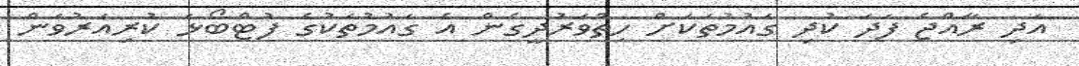
އަދި ރާއްޖެ ފަދަ ކުދި ގައުމުތަކަށް ހިތްވަރުދީގެން އެ ގައުމުތަކުގެ ފުޓްބޯޅަ ކުރިއަރުވަން